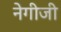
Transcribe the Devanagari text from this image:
नेगीजी